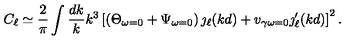
C _ { \ell } \simeq \frac { 2 } { \pi } \int \frac { d k } { k } k ^ { 3 } \left[ \left( \Theta _ { \omega = 0 } + \Psi _ { \omega = 0 } \right) \jmath _ { \ell } ( k d ) + v _ { \gamma \omega = 0 } \jmath _ { \ell } ^ { \prime } ( k d ) \right] ^ { 2 } .